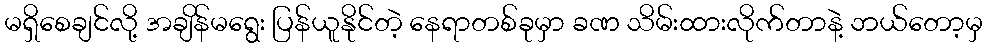
မရှိစေချင်လို့ အချိန်မရွေး ပြန်ယူနိုင်တဲ့ နေရာတစ်ခုမှာ ခဏ သိမ်းထားလိုက်တာနဲ့ ဘယ်တော့မှ